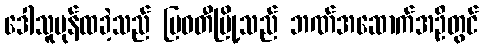
ဒေါသူပုန်ထခဲ့သည် မြဝတီမြို့သည် ဘဏ်အဆောက်အဦတွင်